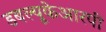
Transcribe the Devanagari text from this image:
डबल्यूकेआरपी